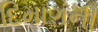
દિમાગની